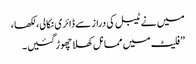
میں نے ٹیبل کی دراز سے ڈائری نکالی، لکھا ،
”فلیٹ میں مما نل کھلا چھوڑ گئیں ۔